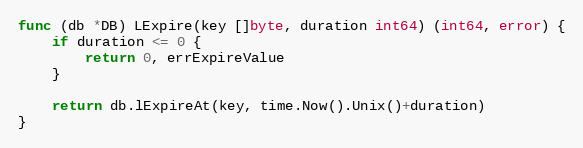
Language: Go
func (db *DB) LExpire(key []byte, duration int64) (int64, error) {
	if duration <= 0 {
		return 0, errExpireValue
	}

	return db.lExpireAt(key, time.Now().Unix()+duration)
}